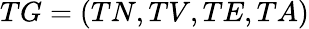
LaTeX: TG=(TN,TV,TE,TA)